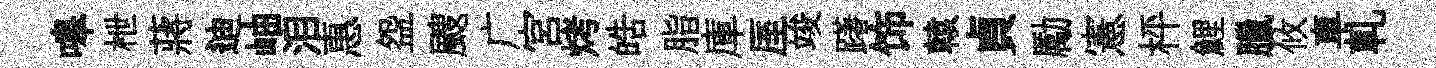
嗥枻蔣迪岫泪惠盌颼广宫烤皓脂庫厔竣躇饰轅貞勵憲枰鯉臘攸車軋